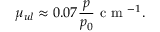
\mu _ { u l } \approx 0 . 0 7 \frac { p } { p _ { 0 } } \mathrm { ~ c ~ m ~ } ^ { - 1 } .